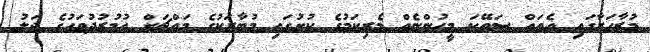
މުޒާހަރާގައި އެތައް ސަތޭކަ މީހުންނެއް މެރިކަމުގެ ކުށުގައި މުބާރަކުގެ މައްޗަށް އުމުރުދުވަހުގެ ޖަލު